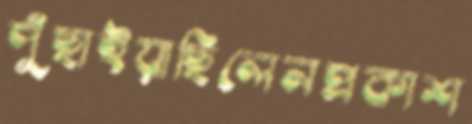
পুঁছাইয়াছিলেনপ্রকাশ